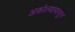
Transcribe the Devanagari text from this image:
अकोल्यापासुन